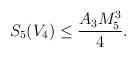
LaTeX: \begin{align*}S_5(V_4) \leq \frac{A_3 M_5^3}{4}.\end{align*}